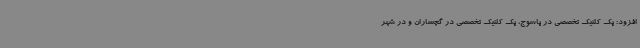
افزود: یک کلنیک تخصصی در یاسوج، یک کلنیک تخصصی در گچساران و در شهر